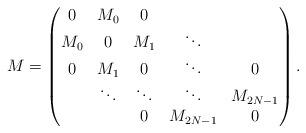
LaTeX: \begin{align*}M= \left( \begin{matrix} 0 & M_0 & 0 & & \\ M_0 & 0 & M_1 & \ddots & \\ 0 & M_1 & 0 & \ddots & 0 \\ &\ddots & \ddots & \ddots & M_{2N-1} \\ & & 0 & M_{2N-1} & 0 \end{matrix} \right).\end{align*}